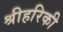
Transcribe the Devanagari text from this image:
श्रीहरिकी